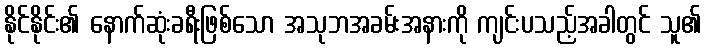
နိုင်နိုင်း၏ နောက်ဆုံးခရီးဖြစ်သော အသုဘအခမ်းအနားကို ကျင်းပသည့်အခါတွင် သူ၏